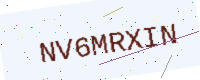
Text: NV6MRXIN